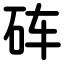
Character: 砗